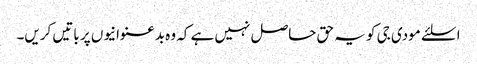
ا سلئے مودی جی کو یہ حق حاصل نہیں ہے کہ وہ بدعنوانیوں پر باتیں کریں۔